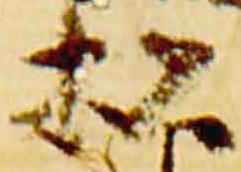
松